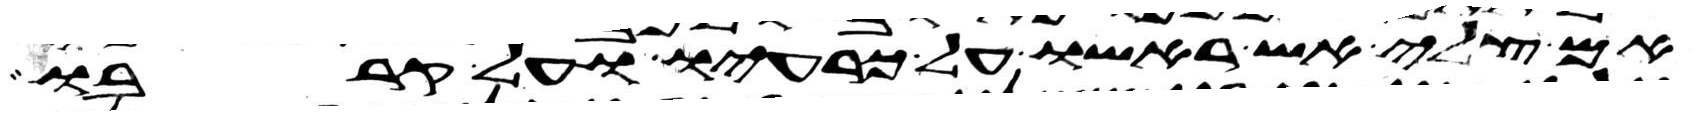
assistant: אם צלי אש ראשו על כרעיו ועל קרבו